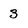
Character: 3